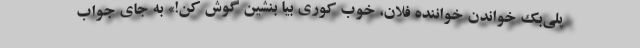
پلی‌بک خواندن خواننده فلان، خوب کوری بیا بنشین گوش کن!» به جای جواب